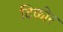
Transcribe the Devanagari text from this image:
टिकोर